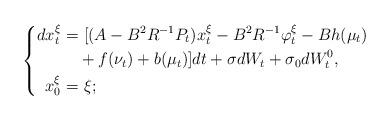
LaTeX: \begin{align*} \left\{ \begin{aligned} dx_t^{\xi}=&~[(A-B^2R^{-1}P_t)x_t^{\xi}-B^2R^{-1}\varphi_t^\xi-Bh(\mu_t)\\&+f(\nu_t)+b(\mu_t)]dt+\sigma dW_t+\sigma_0dW^0_t,\\ x_0^{\xi}=&~\xi; \end{aligned} \right. \end{align*}